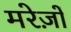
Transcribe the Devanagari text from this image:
मरेज़ों